Annual report on the working of the mental hospitals in the Madras Presidency - 1912-1932
Year: 1912
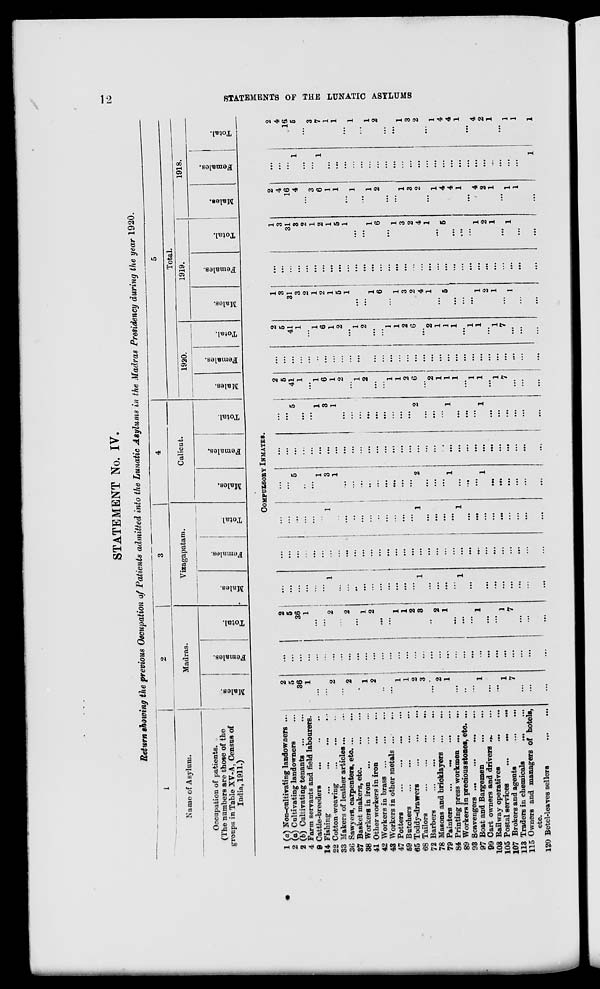
12
STATEMENTS OF THE LUNATIC ASYLUMS
STATEMENT No. IV.
Return showing the previous Occupation of Patients admitted into the Lunatic Asylums in the Madras Presidency during the year 1920.
1
Name of Asylum.
Occupation of patients.
(The numbers are those of the
groups in Table XV-A, Census of
India, 1911.)
2
Madras.
Males.
Females.
Total.
3
Vizagapatam.
Males.
Females.
Total.
4
Calicut.
Males.
Females.
Total.
5
Total.
1920.
Males.
Females.
Total.
1919.
Males.
Females.
Total.
1918.
Males.
Females.
Total.
COMPULSORY INMATES.
1 (a) Non-cultivating landowners ...
2 (a) Cultivating landowners ...
2 (b) Cultivating tenants
...
...
4 Farm servants and field labourers.
9 Cattle-breeders ... ... ...
14 Fishing
...
...
...
...
22 Cotton weaving
...
...
...
33 Makers of leather articles ... ...
36 Sawyers, carpenters, etc. ... ...
37 Basket makers, etc.
...
...
38 Workers in iron
...
...
...
41 Other workers in iron
...
...
42 Workers in brass
...
...
...
43 Workers in other metals ... ...
47 Potters
...
...
...
...
59 Butchers
...
...
...
...
65 Toddy-drawers
...
...
...
68 Tailors
...
...
...
...
72 Barbers
...
...
...
...
78 Masons and bricklayers ... ...
79 Painters
...
...
...
...
84 Printing press workmen
...
...
89 Workers in precious stones, etc. ...
93 Scavengers
...
...
...
...
97 Boat and Bargemen
...
...
99 Cart owners and drivers ... ...
103 Railway operatives ... ...
105 Postal services ... ... ...
107 Brokers and agents ... ...
113 Traders in chemicals
...
...
115 Owners and managers of hotels,
etc.
120 Betel-leaves sellers ... ...
2
5
36
1
...
...
2
...
2
...
1
2
...
...
1
1
2
3
...
2
1
...
...
...
1
...
...
1
7
...
...
...
...
...
...
...
...
...
...
...
...
...
...
...
...
...
...
...
...
...
...
...
...
...
...
...
...
...
...
...
...
...
...
...
2
5
36
1
...
...
2
...
2
...
1
2
...
...
1
1
2
3
...
2
1
...
...
...
1
...
...
1
7
...
...
...
...
...
...
...
...
...
1
...
...
...
...
...
...
...
...
...
...
1
...
...
...
...
1
...
...
...
...
...
...
...
...
...
...
...
...
...
...
...
...
...
...
...
...
...
...
...
...
...
...
...
...
...
...
...
...
...
...
...
...
...
...
...
...
...
...
...
...
...
...
...
1
...
...
...
...
...
...
...
...
...
...
1
...
...
...
...
1
...
...
...
...
...
...
...
...
...
...
...
5
...
...
1
3
1
...
...
...
...
...
...
...
...
...
2
...
...
...
1
...
...
...
1
...
...
...
...
...
...
...
...
...
...
...
...
...
...
...
...
...
...
...
...
...
...
...
...
...
...
...
...
...
...
...
...
...
...
...
...
...
...
...
...
5
...
...
1
3
1
...
...
...
...
...
...
...
...
...
2
...
...
...
1
...
...
...
1
...
...
...
...
...
...
2
5
41
1
...
1
6
1
2
...
1
2
...
...
1
1
2
6
...
2
1
1
1
...
1
1
...
1
7
...
...
...
...
...
...
...
...
..
...
...
...
...
...
...
...
...
...
...
...
...
...
...
...
...
...
...
...
...
...
...
...
...
...
...
2
5
41
1
...
1
6
1
2
...
1
2
...
...
1
1
2
6
...
2
1
1
1
...
1
1
...
1
7
...
...
...
1
3
31
3
2
1
2
1
5
1
...
...
1
6
...
1
3
2
4
1
...
5
...
...
...
1
2
1
...
1
...
...
...
...
...
...
...
...
...
...
...
...
...
...
...
...
...
...
...
...
...
...
...
...
...
...
...
...
...
...
...
...
...
...
1
3
31
3
2
1
2
1
5
1
...
...
1
6
...
1
3
2
4
1
...
5
...
...
...
1
2
1
...
1
...
...
2
4
16
4
...
3
6
1
1
...
1
...
1
2
...
...
1
3
2
...
1
4
4
1
...
4
2
1
...
1
1
...
...
...
...
1
...
...
1
...
...
...
...
...
...
...
...
...
...
...
...
...
...
...
...
...
...
...
...
...
...
...
...
1
2
4
16
5
...
3
7
1
1
...
1
...
1
2
...
...
1
3
2
...
1
4
4
1
...
4
2
1
...
1
1
1